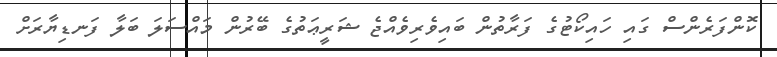
ކޮންފަރެންސް ގައި ހައިކޯޓުގެ ފަރާތުން ބައިވެރިވެއްޖެ ޝަރީޢަތުގެ ބޭރުން މައްސަލަ ބަލާ ފަނޑިޔާރަށް